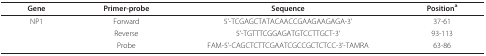
| Gene | Primer-probe | Sequence | Positiona |
 | --- | --- | --- | --- |
 | NP1 | Forward | 5'-TCGAGCTATACAACCGAAGAAGAGA-3' | 37-61 |
 |  | Reverse | 5'-TGTTTCGGAGATGTCCTTGCT-3' | 93-113 |
 |  | Probe | FAM-5'-CAGCTCTTCGAATCGCCGCTCTCC-3'-TAMRA | 63-86 |